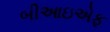
બીઆઇએફ